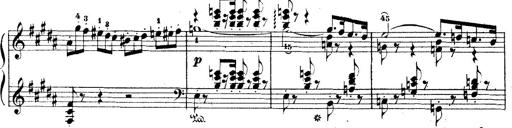
Title: Wagner-Liszt Album
Composer: Franz Liszt